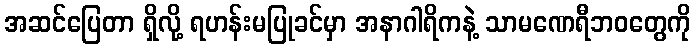
အဆင်ပြေတာ ရှိလို့ ရဟန်းမပြုခင်မှာ အနာဂါရိကနဲ့ သာမဏေရီဘဝတွေကို